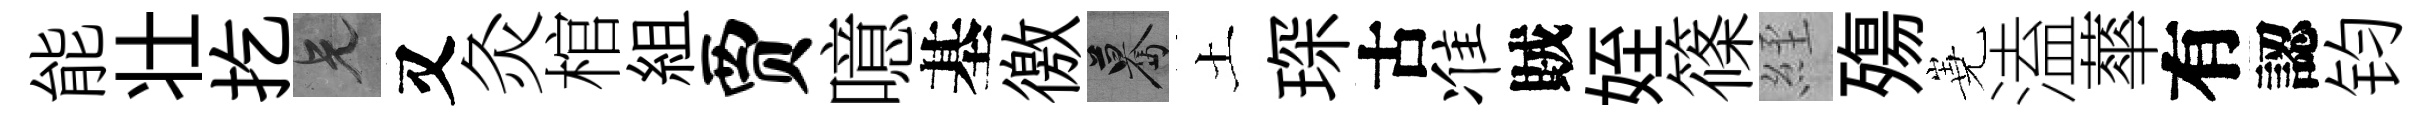
能壮扢兄又灸棺組贾噫基徼驀土琛古准賊姪篠𦀇殤嶤溘蕐有認钧